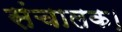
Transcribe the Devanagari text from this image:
संचालक।